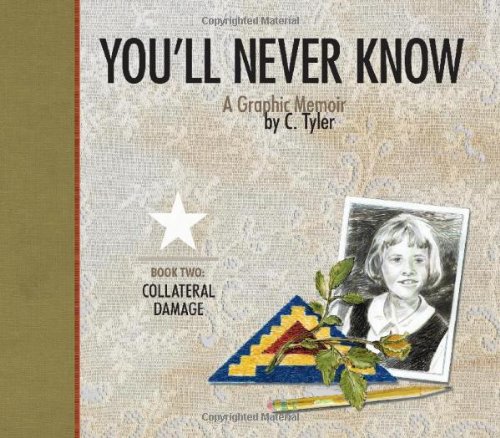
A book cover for You'll Never Know Book Two: "Collateral Damage" (You'll Never Know); C. Tyler; Comics & Graphic Novels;